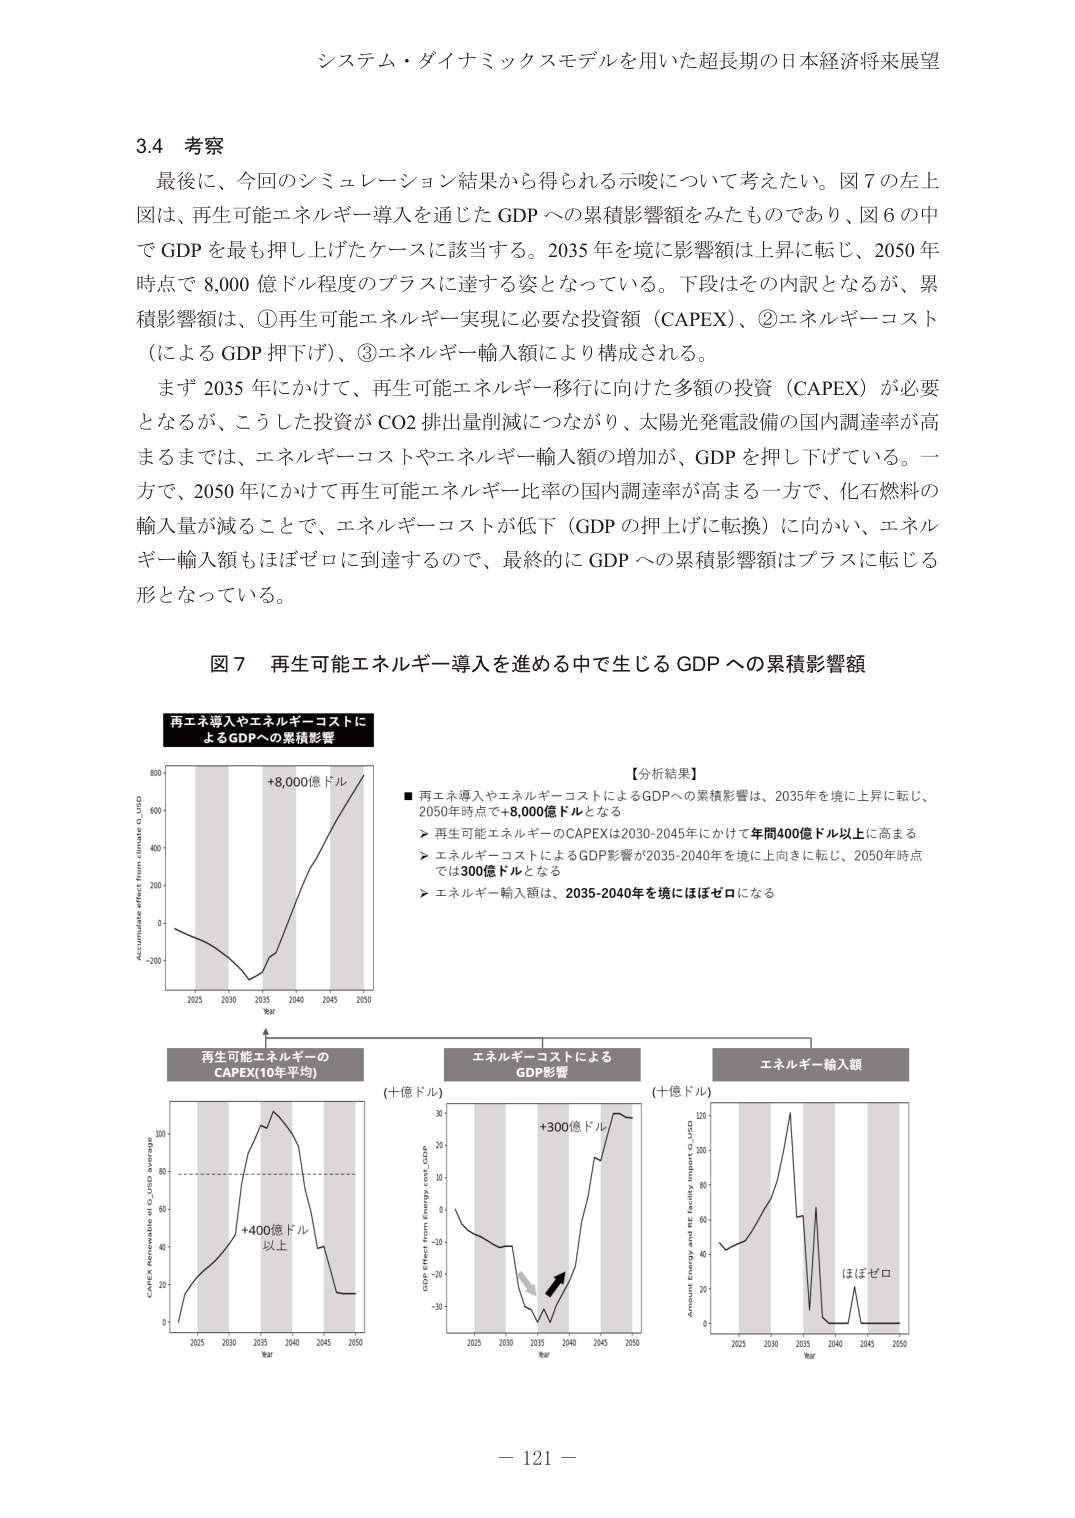
システム・ダイナミックスモデルを用いた超長期の日本経済将来展望

3.4 考察
最後に、今回のシミュレーション結果から得られる示唆について考えたい。図7の左上図は、再生可能エネルギー導入を通じたGDPへの累積影響額をみたものであり、図6の中でGDPを最も押し上げたケースに該当する。2035年を境に影響額は上昇に転じ、2050年時点で8,000億ドル程度のプラスに達する姿となっている。下段はその内訳となるが、累積影響額は、①再生可能エネルギー実現に必要な投資額（CAPEX）、②エネルギーコスト（によるGDP押下げ）、③エネルギー輸入額により構成される。
まず2035年にかけて、再生可能エネルギー移行に向けた多額の投資（CAPEX）が必要となるが、こうした投資がCO2排出量削減につながり、太陽光発電設備の国内調達率が高まるまでは、エネルギーコストやエネルギー輸入額の増加が、GDPを押し下げている。一方で、2050年にかけて再生可能エネルギー比率の国内調達率が高まる一方で、化石燃料の輸入量が減ることで、エネルギーコストが低下（GDPの押上げに転換）に向かい、エネルギー輸入額もほぼゼロに到達するので、最終的にGDPへの累積影響額はプラスに転じる形となっている。

図7 再生可能エネルギー導入を進める中で生じるGDPへの累積影響額

再エネ導入やエネルギーコストによるGDPへの累積影響
+8,000億ドル
Accumulative effect from climate to USD
Year
2025 2030 2035 2040 2045 2050

【分析結果】
■ 再エネ導入やエネルギーコストによるGDPへの累積影響は、2035年を境に上昇に転じ、2050年時点で+8,000億ドルとなる
▶ 再生可能エネルギーのCAPEXは2030-2045年にかけて年間400億ドル以上に高まる
▶ エネルギーコストによるGDP影響が2035-2040年に境に上向きに転じ、2050年時点では300億ドルとなる
▶ エネルギー輸入額は、2035-2040年を境にはほぼゼロになる

再生可能エネルギーのCAPEX（10年平均）
CAPEX Renewable of USD average
Year
2025 2030 2035 2040 2045 2050
+400億ドル以上
（十億ドル）

エネルギーコストによるGDP影響
GDP Effect from Energy cost, GDP
Year
2025 2030 2035 2040 2045 2050
+300億ドル

エネルギー輸入額
Amount Energy and RE facility Import, USD
Year
2025 2030 2035 2040 2045 2050
ほぼゼロ
（十億ドル）

－ 121 －